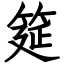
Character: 筵